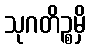
သုဂတိဉ္စမှိ